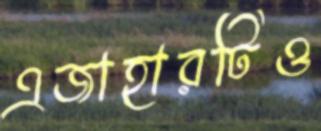
এজাহারটিও